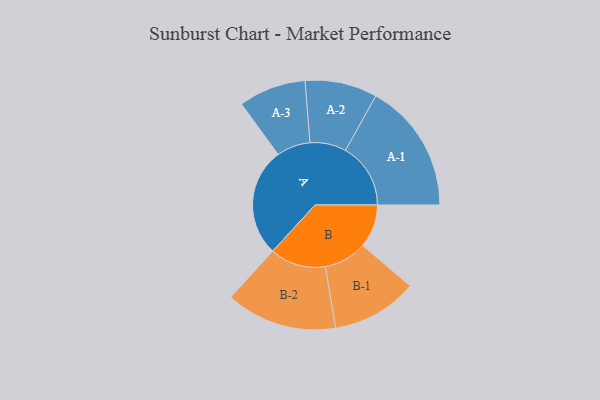
{"axis": {"x": "Segment", "y": "Value"}, "legend": ["", "A", "B"], "data": [{"x": "A", "y": 493, "type": ""}, {"x": "B", "y": 196, "type": ""}, {"x": "A-1", "y": 296, "type": "A"}, {"x": "A-2", "y": 164, "type": "A"}, {"x": "A-3", "y": 153, "type": "A"}, {"x": "B-1", "y": 195, "type": "B"}, {"x": "B-2", "y": 253, "type": "B"}]}